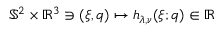
\mathbb { S } ^ { 2 } \times \mathbb { R } ^ { 3 } \ni ( \xi , q ) \mapsto h _ { \lambda , \nu } ( \xi ; q ) \in \mathbb { R }